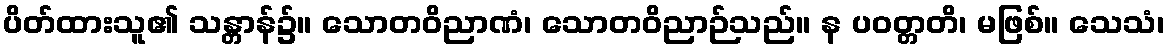
ပိတ်ထားသူ၏ သန္တာန်၌။ သောတဝိညာဏံ၊ သောတဝိညာဉ်သည်။ န ပဝတ္တတိ၊ မဖြစ်။ သေသံ၊